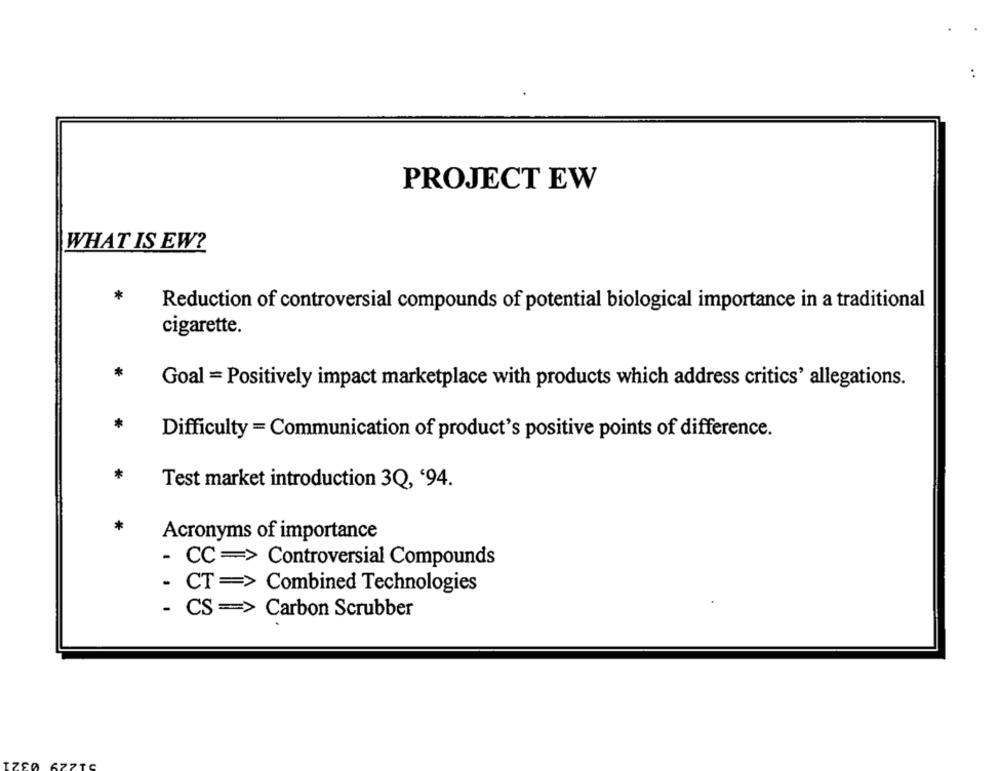
PROJECT EW
WHAT IS EW?
*
Reduction of controversial compounds of potential biological importance in a traditional
cigarette.
*
Goal = Positively impact marketplace with products which address critics' allegations.
*
Difficulty = Communication of product's positive points of difference.
*
Test market introduction 3Q, '94.
*
Acronyms of importance
- CC => Controversial Compounds
- CT == > Combined Technologies
- CS == > Carbon Scrubber